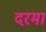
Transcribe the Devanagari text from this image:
दरमा